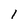
Character: l